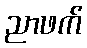
ညာဖက်